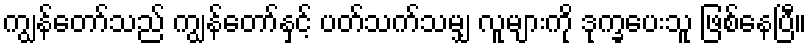
ကျွန်တော်သည် ကျွန်တော်နှင့် ပတ်သက်သမျှ လူများကို ဒုက္ခပေးသူ ဖြစ်နေပြီ။